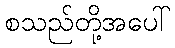
စသည်တို့အပေါ်